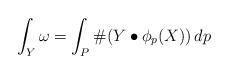
LaTeX: \begin{align*}\int_Y \omega = \int_P \#( Y\bullet\phi_p(X) ) \, dp\end{align*}